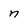
Character: n